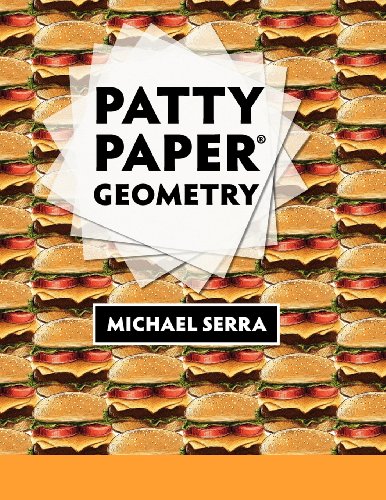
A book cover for Patty Paper Geometry; Michael Serra; Science & Math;